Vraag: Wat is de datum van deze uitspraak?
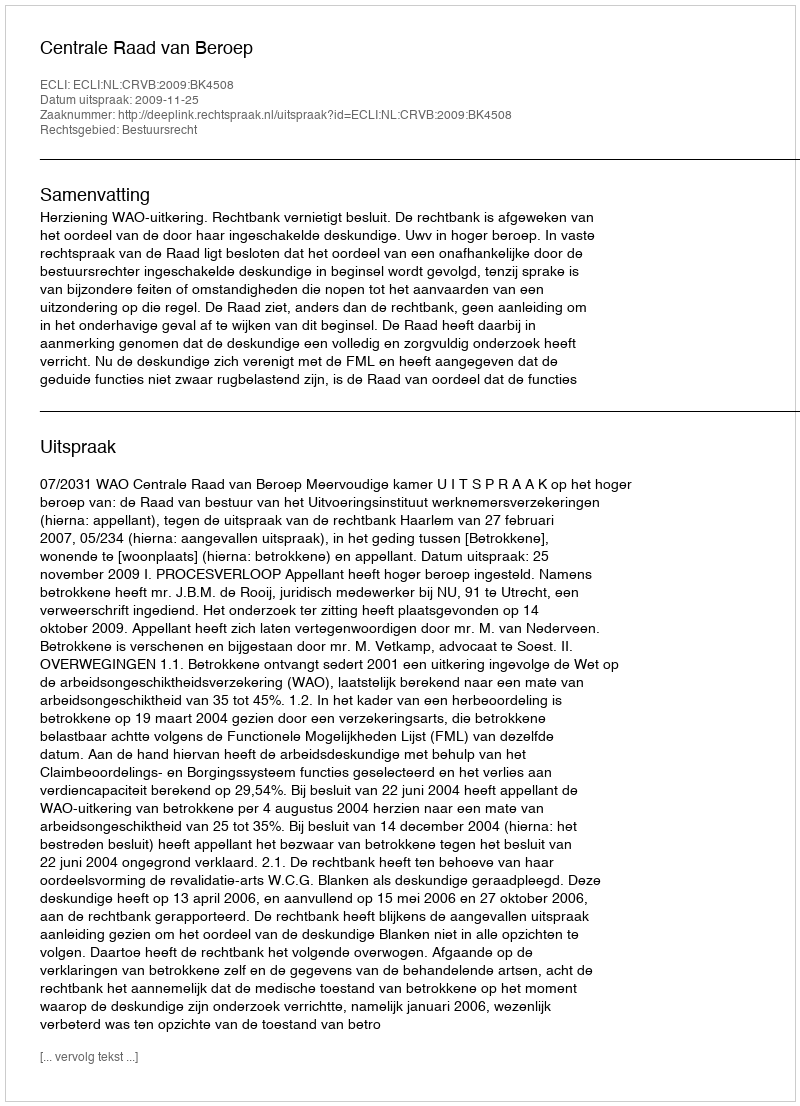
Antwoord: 2009-11-25